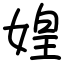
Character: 媓